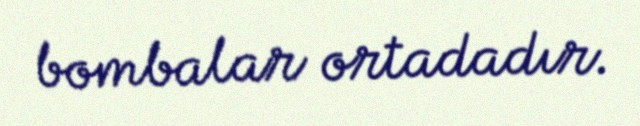
bombalar ortadadır.